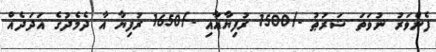
ފެންވަރު ނުވަތަ ޝަރުޠު -/1500 ރުފިޔާއާއި -/1650 ރުފިޔާ އާ ދެމެދުގެ އަދަދެއް